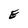
Character: E